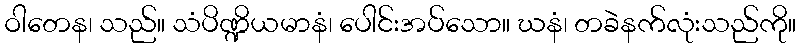
ဝါတေန၊ သည်။ သံပိဏ္ဍိယမာနံ၊ ပေါင်းအပ်သော။ ဃနံ၊ တခဲနက်လုံးသည်ကို။